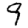
Digit: 9